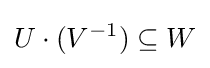
U\cdot (V^{-1})\subseteq W